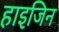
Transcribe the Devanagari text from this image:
हाइजिन